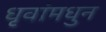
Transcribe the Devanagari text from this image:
धृवांमधुन